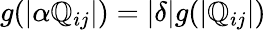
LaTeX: g(|\alpha\mathbb{Q}_{ij}|)=|\delta|g(|\mathbb{Q}_{ij}|)